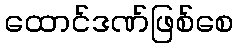
ထောင်ဒဏ်ဖြစ်စေ